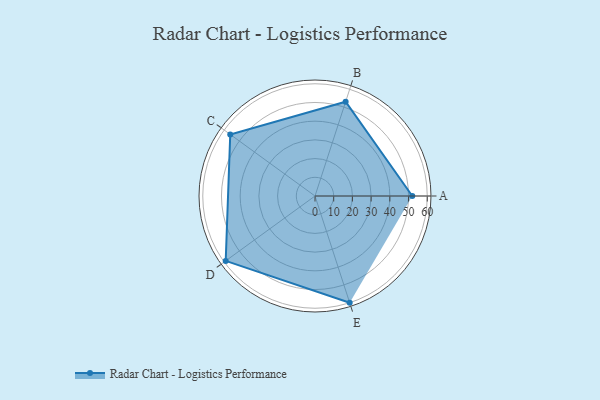
{"axis": {"x": "Skill", "y": "Score"}, "legend": ["Profile"], "data": [{"x": "A", "y": 52.0, "type": "Profile"}, {"x": "B", "y": 53.0, "type": "Profile"}, {"x": "C", "y": 56.0, "type": "Profile"}, {"x": "D", "y": 59.0, "type": "Profile"}, {"x": "E", "y": 60.0, "type": "Profile"}]}